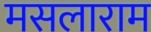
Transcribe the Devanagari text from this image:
मसलाराम